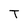
Character: T